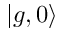
| g , 0 \rangle